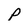
Character: p